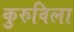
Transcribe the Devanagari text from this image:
कुरुविला